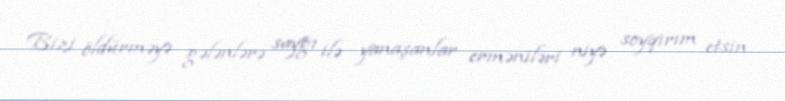
Bizi öldürməyə gələnlərə sayğı ilə yanaşanlar erməniləri niyə soyqırım etsin